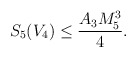
\begin{align*}S_5(V_4) \leq \frac{A_3 M_5^3}{4}.\end{align*}